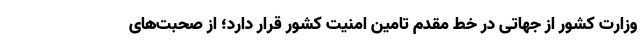
وزارت کشور از جهاتی در خط مقدم تامین امنیت کشور قرار دارد؛ از صحبت‌های